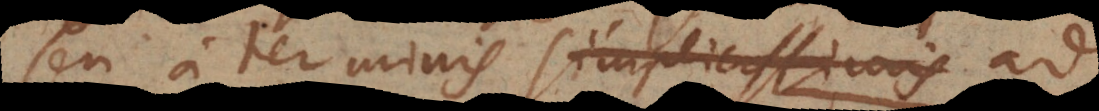
seu a terminis simplicissimis ad